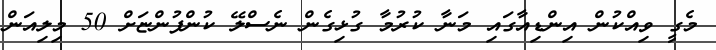
މެގީ ވިއްކުން އިންޑިއާގައި މަނާ ކުރުމާ ގުޅިގެން ނެސްލޭ ކުންފުންޏަށް 50 މިލިއަން